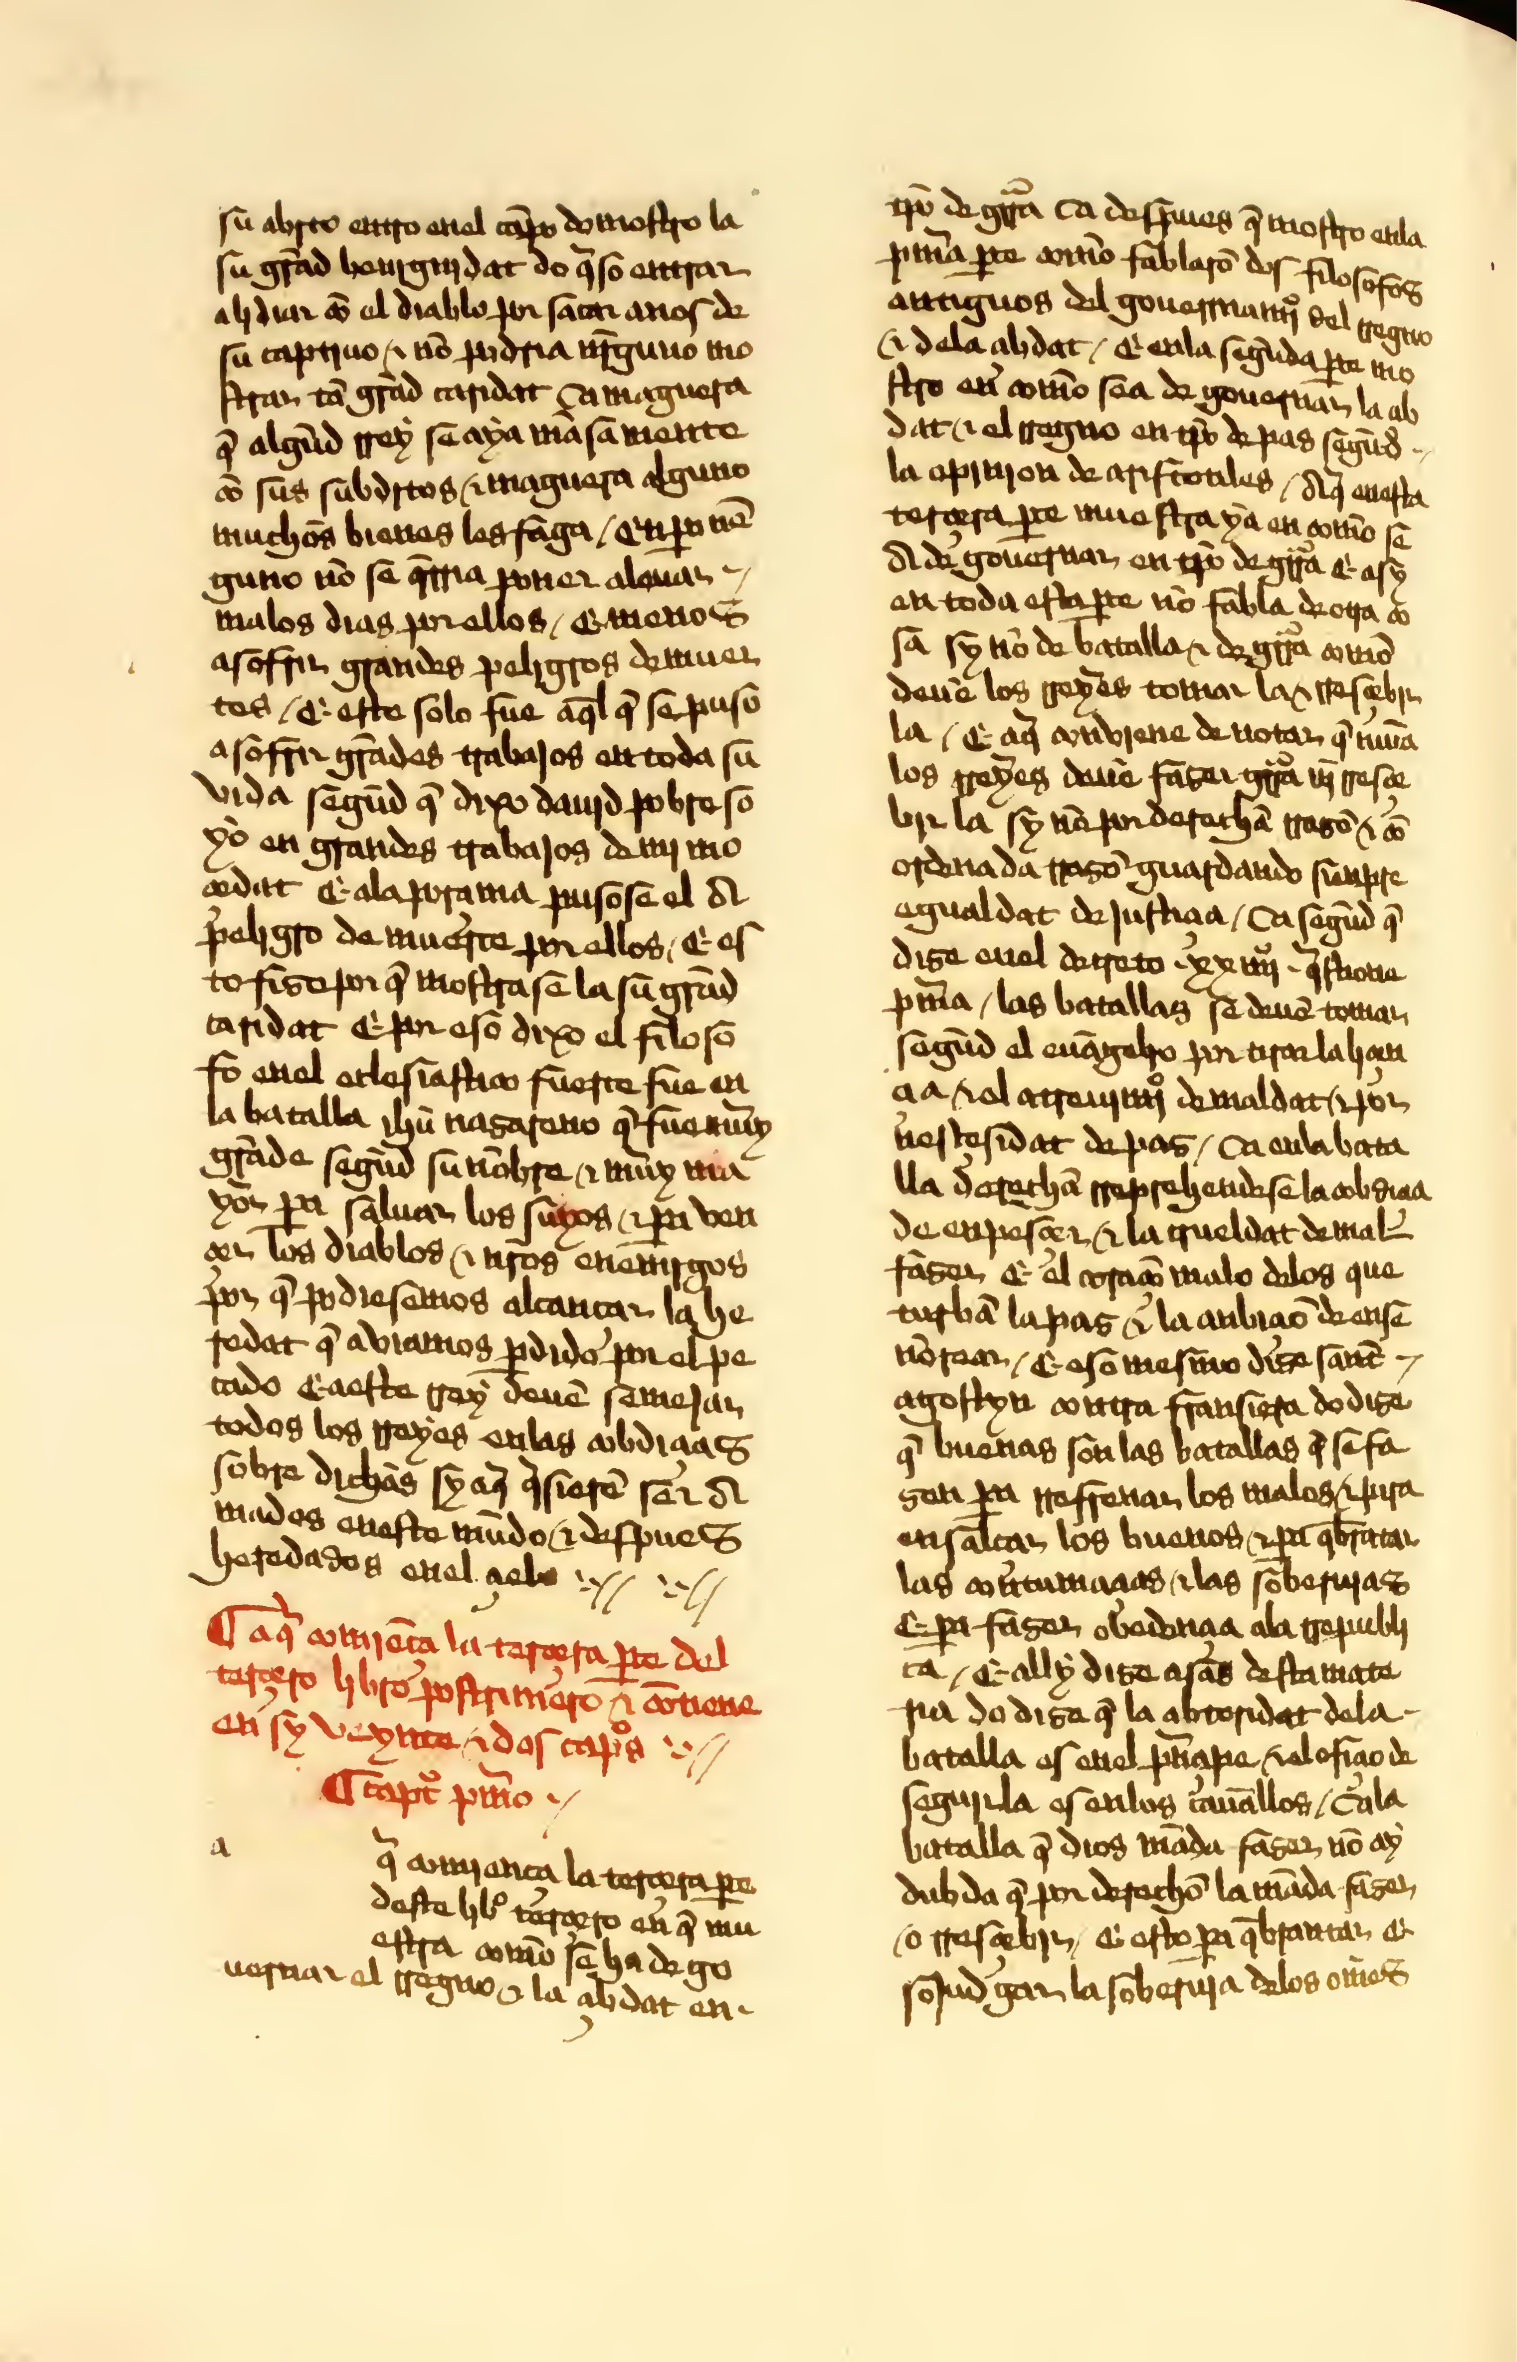
Shelfmark: Sevilla, Biblioteca Universitaria, ms. 332/131
Century: 15